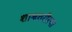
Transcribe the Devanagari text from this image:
शाश्वतरीत्या